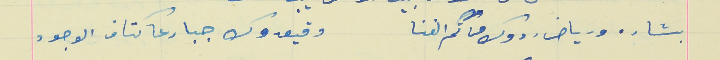
بشاره ورياض ردوك من تم الفنا                                وقيعدوك جبار عا كتاف الوجود